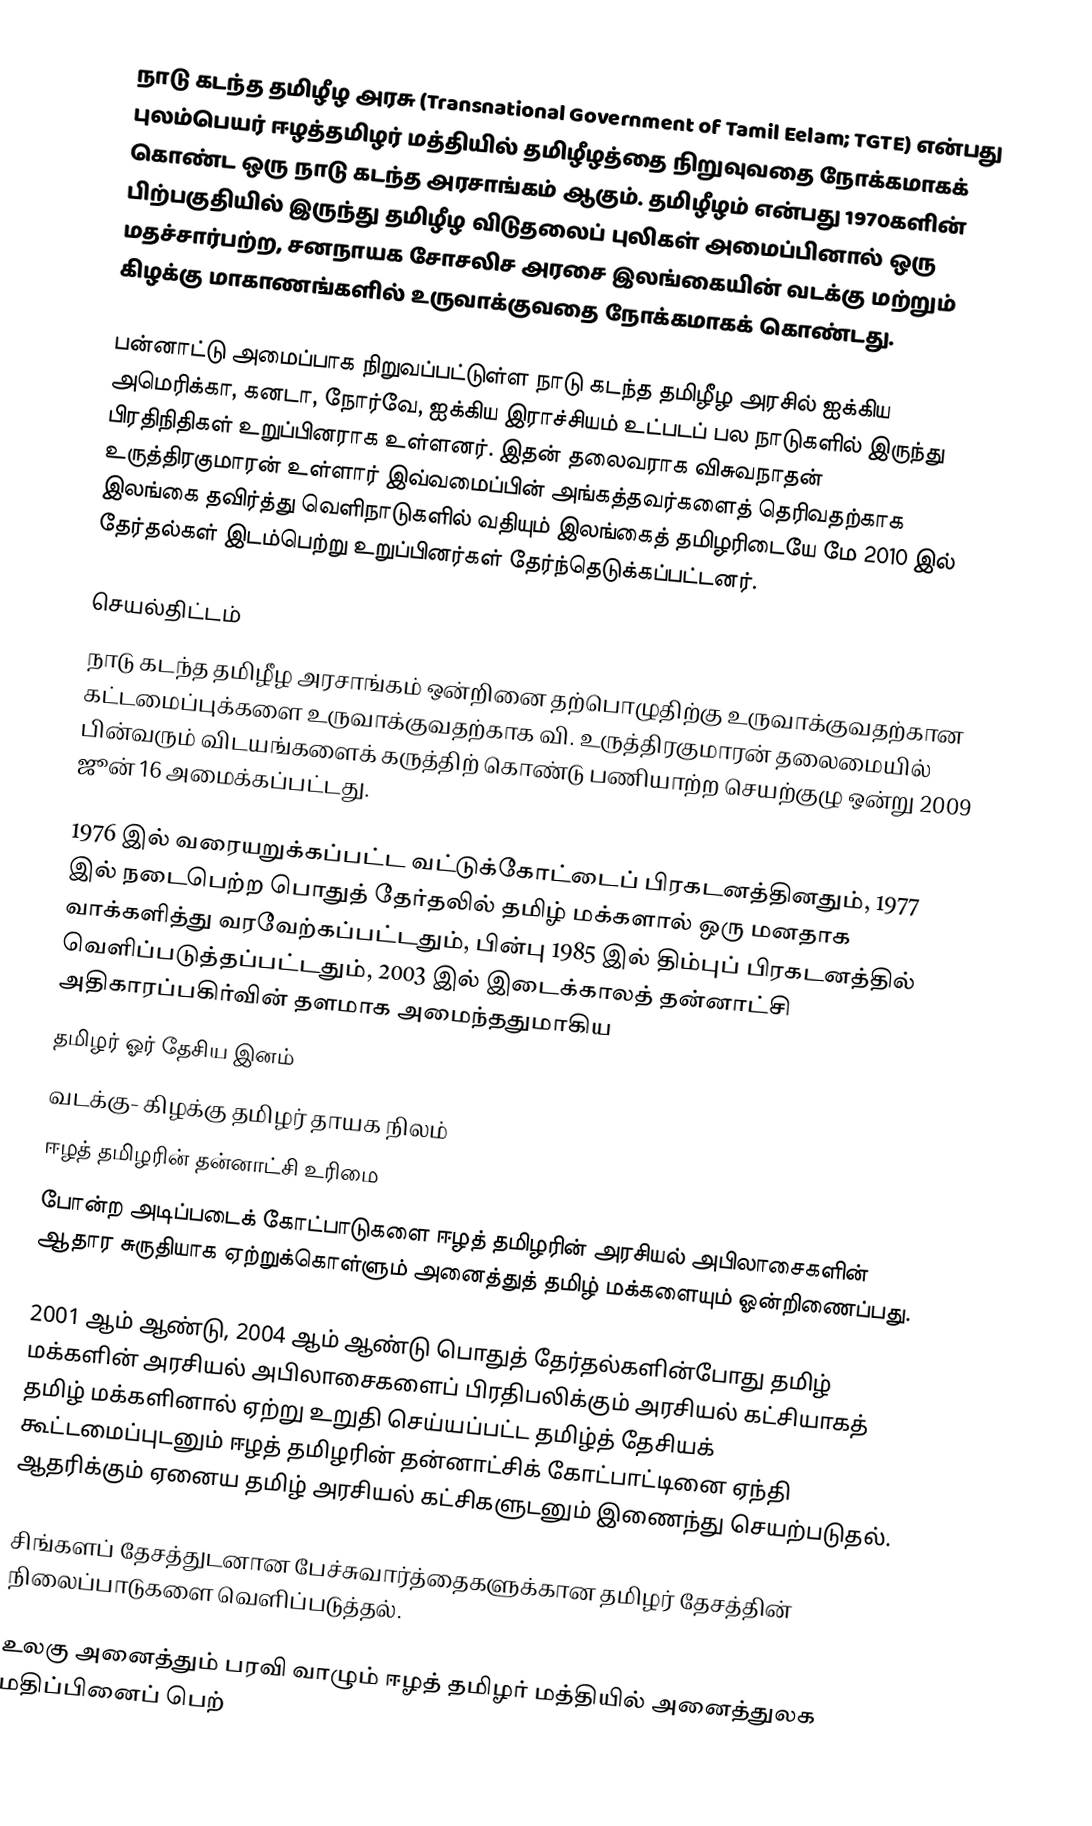
நாடு கடந்த தமிழீழ அரசு (Transnational Government of Tamil Eelam; TGTE) என்பது புலம்பெயர் ஈழத்தமிழர் மத்தியில் தமிழீழத்தை நிறுவுவதை நோக்கமாகக் கொண்ட ஒரு நாடு கடந்த அரசாங்கம் ஆகும். தமிழீழம் என்பது 1970களின் பிற்பகுதியில் இருந்து தமிழீழ விடுதலைப் புலிகள் அமைப்பினால் ஒரு மதச்சார்பற்ற, சனநாயக சோசலிச அரசை இலங்கையின் வடக்கு மற்றும் கிழக்கு மாகாணங்களில் உருவாக்குவதை நோக்கமாகக் கொண்டது.

பன்னாட்டு அமைப்பாக நிறுவப்பட்டுள்ள நாடு கடந்த தமிழீழ அரசில் ஐக்கிய அமெரிக்கா, கனடா, நோர்வே, ஐக்கிய இராச்சியம் உட்படப் பல நாடுகளில் இருந்து பிரதிநிதிகள் உறுப்பினராக உள்ளனர். இதன் தலைவராக விசுவநாதன் உருத்திரகுமாரன் உள்ளார் இவ்வமைப்பின் அங்கத்தவர்களைத் தெரிவதற்காக இலங்கை தவிர்த்து வெளிநாடுகளில் வதியும் இலங்கைத் தமிழரிடையே மே 2010 இல் தேர்தல்கள் இடம்பெற்று உறுப்பினர்கள் தேர்ந்தெடுக்கப்பட்டனர்.

செயல்திட்டம்
நாடு கடந்த தமிழீழ அரசாங்கம் ஒன்றினை தற்பொழுதிற்கு உருவாக்குவதற்கான கட்டமைப்புக்களை உருவாக்குவதற்காக வி. உருத்திரகுமாரன் தலைமையில் பின்வரும் விடயங்களைக் கருத்திற் கொண்டு பணியாற்ற செயற்குழு ஒன்று 2009 ஜூன் 16 அமைக்கப்பட்டது.

 1976 இல் வரையறுக்கப்பட்ட வட்டுக்கோட்டைப் பிரகடனத்தினதும், 1977 இல் நடைபெற்ற பொதுத் தேர்தலில் தமிழ் மக்களால் ஒரு மனதாக வாக்களித்து வரவேற்கப்பட்டதும், பின்பு  1985 இல் திம்புப் பிரகடனத்தில் வெளிப்படுத்தப்பட்டதும், 2003 இல்  இடைக்காலத் தன்னாட்சி அதிகாரப்பகிர்வின் தளமாக அமைந்ததுமாகிய
தமிழர் ஓர் தேசிய இனம்
வடக்கு- கிழக்கு தமிழர் தாயக நிலம்
ஈழத் தமிழரின் தன்னாட்சி உரிமை
போன்ற அடிப்படைக் கோட்பாடுகளை ஈழத் தமிழரின் அரசியல் அபிலாசைகளின் ஆதார சுருதியாக ஏற்றுக்கொள்ளும் அனைத்துத் தமிழ் மக்களையும் ஓன்றிணைப்பது.

 2001 ஆம் ஆண்டு, 2004 ஆம் ஆண்டு பொதுத் தேர்தல்களின்போது தமிழ் மக்களின் அரசியல் அபிலாசைகளைப் பிரதிபலிக்கும் அரசியல் கட்சியாகத் தமிழ் மக்களினால் ஏற்று உறுதி செய்யப்பட்ட தமிழ்த் தேசியக் கூட்டமைப்புடனும் ஈழத் தமிழரின் தன்னாட்சிக் கோட்பாட்டினை ஏந்தி ஆதரிக்கும் ஏனைய தமிழ் அரசியல் கட்சிகளுடனும் இணைந்து செயற்படுதல்.

 சிங்களப்  தேசத்துடனான பேச்சுவார்த்தைகளுக்கான தமிழர் தேசத்தின் நிலைப்பாடுகளை வெளிப்படுத்தல்.

 உலகு அனைத்தும் பரவி வாழும் ஈழத் தமிழர் மத்தியில் அனைத்துலக மதிப்பினைப் பெற்